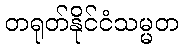
တရုတ်နိုင်ငံသမ္မတ